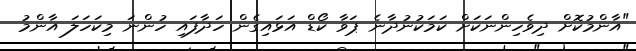
"އާންމުކޮށް ދިވެހިންނަކަށް ކަމަކުނުދާނެ ޕަވާ ކޯޑް އަޅައިގެން ހަދާފައި ހުންނަ މިކަހަލަ އާންމު